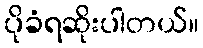
ပိုခံရဆိုးပါတယ်။